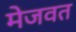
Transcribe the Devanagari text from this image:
मेजवत